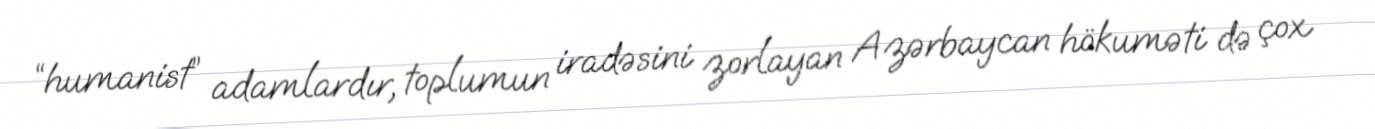
“humanist” adamlardır, toplumun iradəsini zorlayan Azərbaycan hökuməti də çox